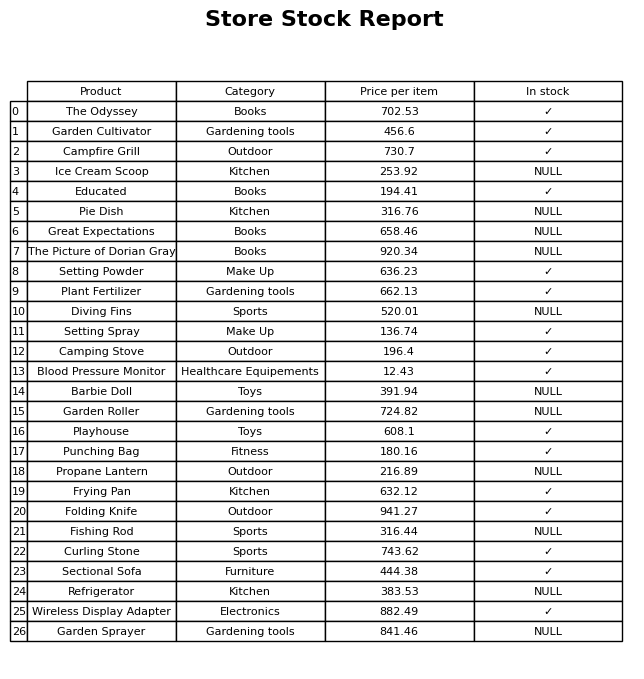
question: What is the price for Setting Powder?
answer: The price of Setting Powder is 636.23.